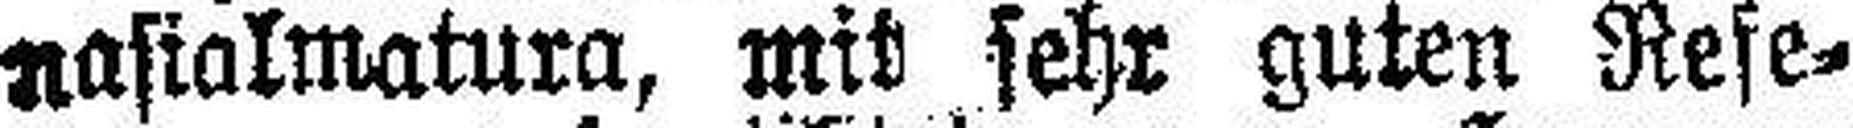
nasialmatura, mit sehr guten Refe¬